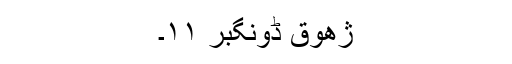
ژھوق ڈونگبر ۱۱۔